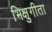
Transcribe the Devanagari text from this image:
भिक्षुगीता